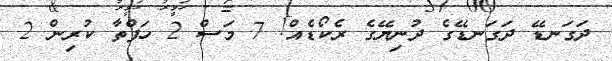
ދަގަނޑޭ ދަގަނޑޭގެ ދުނިޔޭގެ ރެކޯޑެއް! 7 މަސް 2 ހަފްތާ ކުރިން 2